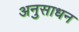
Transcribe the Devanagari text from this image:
अनुसाधन